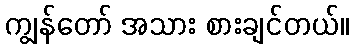
ကျွန်တော် အသား စားချင်တယ်။